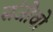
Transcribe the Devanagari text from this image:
संजीवो